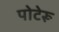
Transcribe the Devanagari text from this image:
पोटेरू